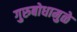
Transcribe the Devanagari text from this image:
गुरुबोधामुळे